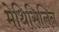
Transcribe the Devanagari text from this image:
मेथिसिलिन